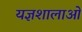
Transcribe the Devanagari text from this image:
यज्ञशालाओं